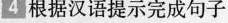
4 根据汉语提示完成句子